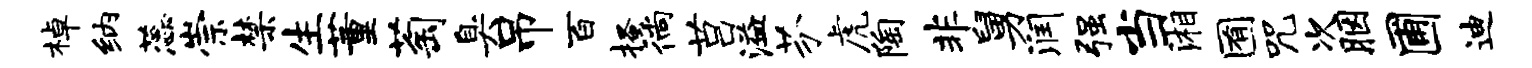
棹纳蕊崇禁生董萄臭吊百搔徜莒溢芬虎陶非舅润强当湘囿咒次胭圃迪